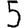
Digit: 5